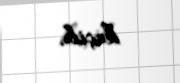
keçib.